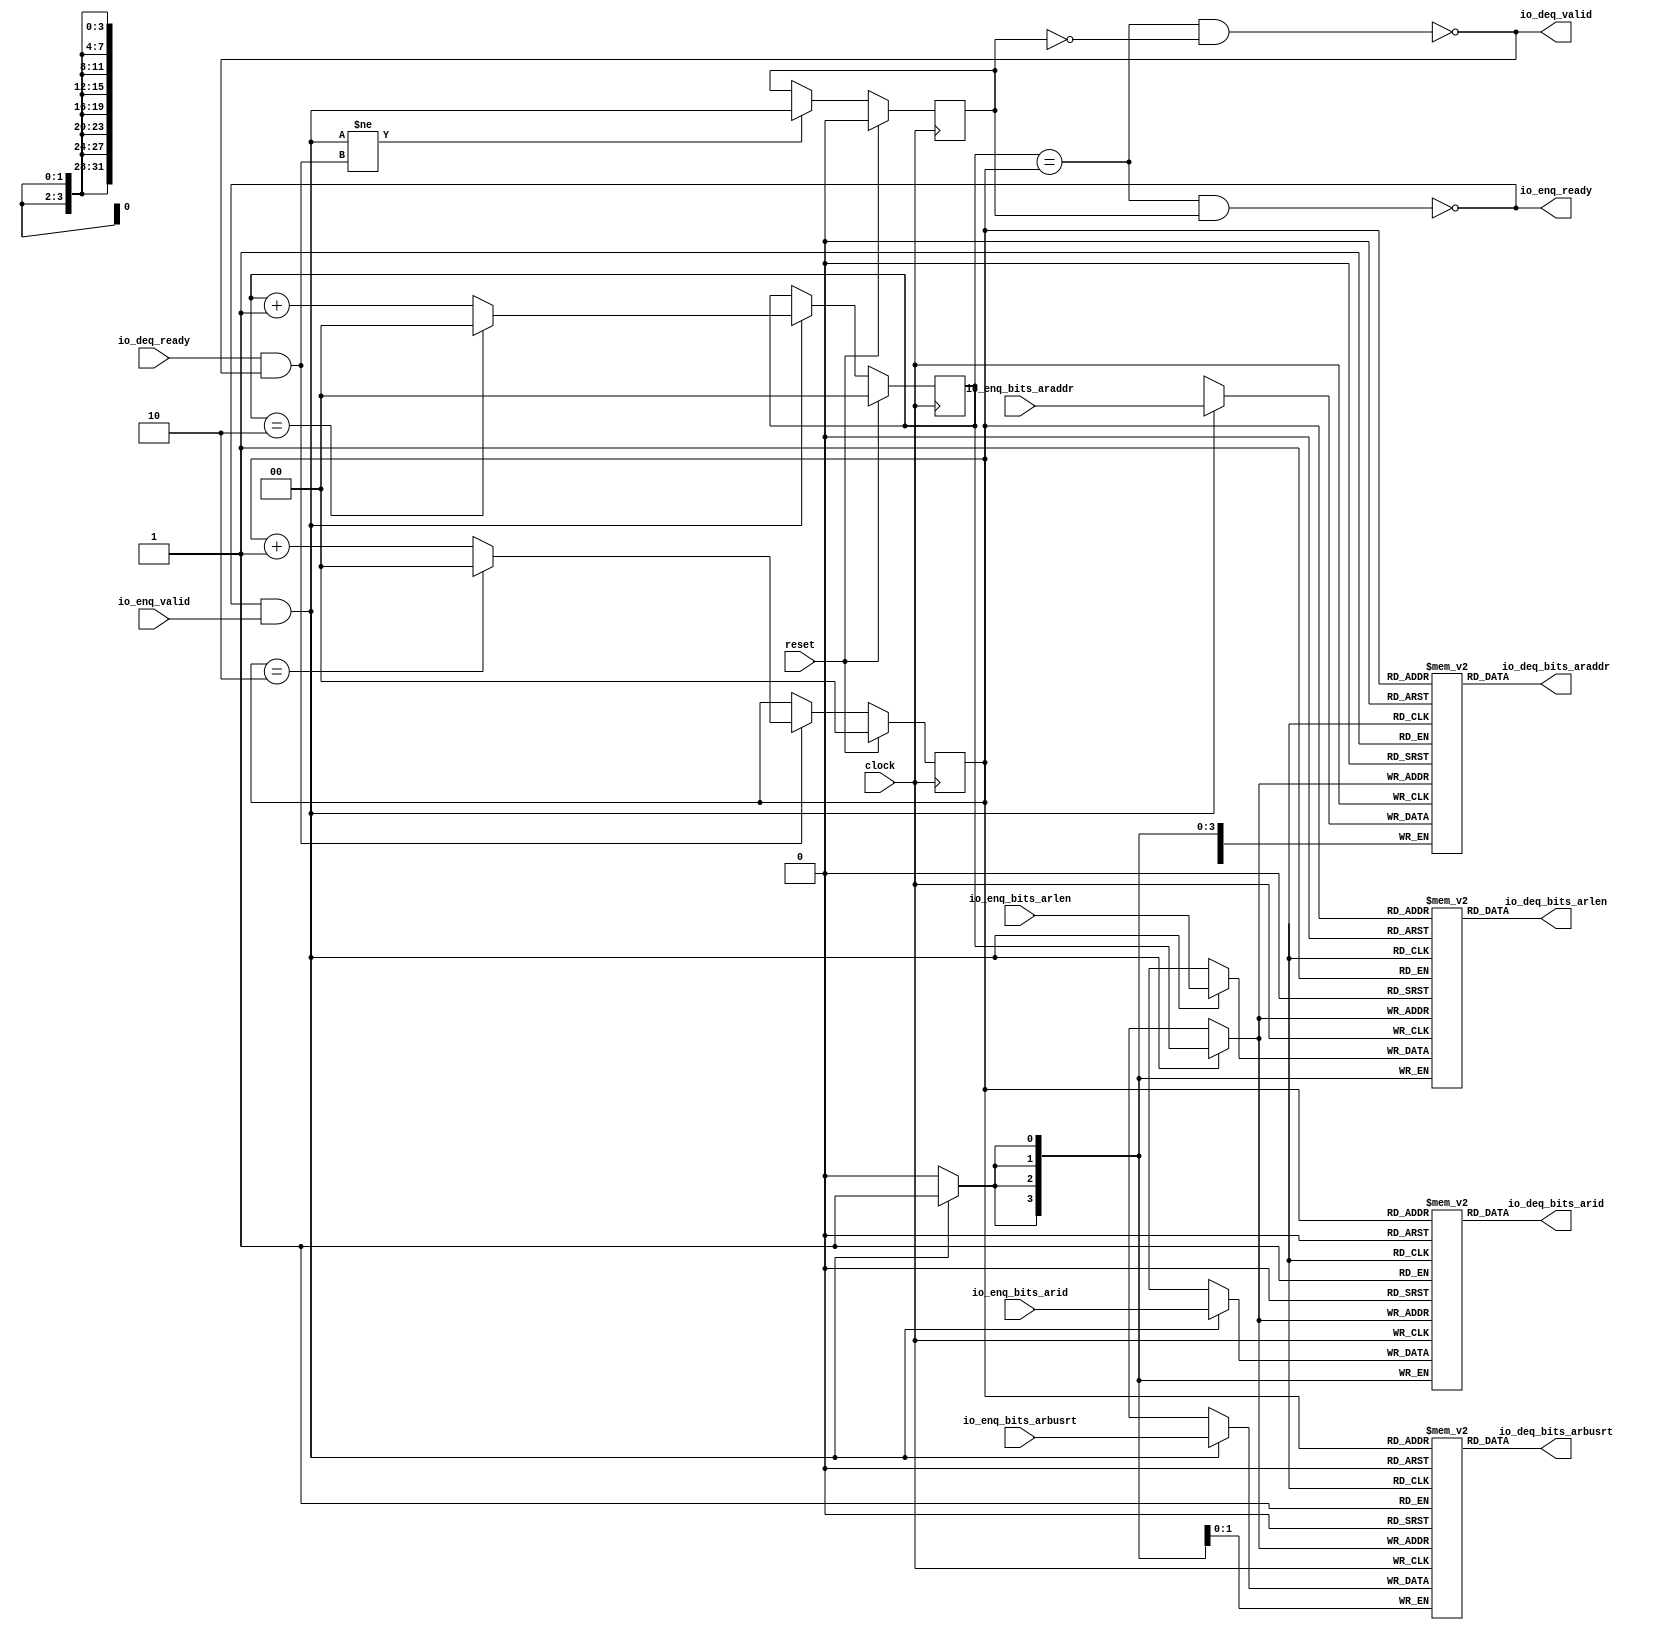
module Queue(
  input         clock,
  input         reset,
  output        io_enq_ready,
  input         io_enq_valid,
  input  [3:0]  io_enq_bits_arid,
  input  [31:0] io_enq_bits_araddr,
  input  [3:0]  io_enq_bits_arlen,
  input  [1:0]  io_enq_bits_arbusrt,
  input         io_deq_ready,
  output        io_deq_valid,
  output [3:0]  io_deq_bits_arid,
  output [31:0] io_deq_bits_araddr,
  output [3:0]  io_deq_bits_arlen,
  output [1:0]  io_deq_bits_arbusrt
);
`ifdef RANDOMIZE_GARBAGE_ASSIGN
  reg [31:0] _RAND_1;
  reg [31:0] _RAND_3;
  reg [31:0] _RAND_5;
  reg [31:0] _RAND_7;
`endif // RANDOMIZE_GARBAGE_ASSIGN
`ifdef RANDOMIZE_MEM_INIT
  reg [31:0] _RAND_0;
  reg [31:0] _RAND_2;
  reg [31:0] _RAND_4;
  reg [31:0] _RAND_6;
`endif // RANDOMIZE_MEM_INIT
`ifdef RANDOMIZE_REG_INIT
  reg [31:0] _RAND_8;
  reg [31:0] _RAND_9;
  reg [31:0] _RAND_10;
`endif // RANDOMIZE_REG_INIT
  reg [3:0] ram_arid [0:2]; // @[Decoupled.scala 273:95]
  wire  ram_arid_io_deq_bits_MPORT_en; // @[Decoupled.scala 273:95]
  wire [1:0] ram_arid_io_deq_bits_MPORT_addr; // @[Decoupled.scala 273:95]
  wire [3:0] ram_arid_io_deq_bits_MPORT_data; // @[Decoupled.scala 273:95]
  wire [3:0] ram_arid_MPORT_data; // @[Decoupled.scala 273:95]
  wire [1:0] ram_arid_MPORT_addr; // @[Decoupled.scala 273:95]
  wire  ram_arid_MPORT_mask; // @[Decoupled.scala 273:95]
  wire  ram_arid_MPORT_en; // @[Decoupled.scala 273:95]
  reg [31:0] ram_araddr [0:2]; // @[Decoupled.scala 273:95]
  wire  ram_araddr_io_deq_bits_MPORT_en; // @[Decoupled.scala 273:95]
  wire [1:0] ram_araddr_io_deq_bits_MPORT_addr; // @[Decoupled.scala 273:95]
  wire [31:0] ram_araddr_io_deq_bits_MPORT_data; // @[Decoupled.scala 273:95]
  wire [31:0] ram_araddr_MPORT_data; // @[Decoupled.scala 273:95]
  wire [1:0] ram_araddr_MPORT_addr; // @[Decoupled.scala 273:95]
  wire  ram_araddr_MPORT_mask; // @[Decoupled.scala 273:95]
  wire  ram_araddr_MPORT_en; // @[Decoupled.scala 273:95]
  reg [3:0] ram_arlen [0:2]; // @[Decoupled.scala 273:95]
  wire  ram_arlen_io_deq_bits_MPORT_en; // @[Decoupled.scala 273:95]
  wire [1:0] ram_arlen_io_deq_bits_MPORT_addr; // @[Decoupled.scala 273:95]
  wire [3:0] ram_arlen_io_deq_bits_MPORT_data; // @[Decoupled.scala 273:95]
  wire [3:0] ram_arlen_MPORT_data; // @[Decoupled.scala 273:95]
  wire [1:0] ram_arlen_MPORT_addr; // @[Decoupled.scala 273:95]
  wire  ram_arlen_MPORT_mask; // @[Decoupled.scala 273:95]
  wire  ram_arlen_MPORT_en; // @[Decoupled.scala 273:95]
  reg [1:0] ram_arbusrt [0:2]; // @[Decoupled.scala 273:95]
  wire  ram_arbusrt_io_deq_bits_MPORT_en; // @[Decoupled.scala 273:95]
  wire [1:0] ram_arbusrt_io_deq_bits_MPORT_addr; // @[Decoupled.scala 273:95]
  wire [1:0] ram_arbusrt_io_deq_bits_MPORT_data; // @[Decoupled.scala 273:95]
  wire [1:0] ram_arbusrt_MPORT_data; // @[Decoupled.scala 273:95]
  wire [1:0] ram_arbusrt_MPORT_addr; // @[Decoupled.scala 273:95]
  wire  ram_arbusrt_MPORT_mask; // @[Decoupled.scala 273:95]
  wire  ram_arbusrt_MPORT_en; // @[Decoupled.scala 273:95]
  reg [1:0] enq_ptr_value; // @[Counter.scala 61:40]
  reg [1:0] deq_ptr_value; // @[Counter.scala 61:40]
  reg  maybe_full; // @[Decoupled.scala 276:27]
  wire  ptr_match = enq_ptr_value == deq_ptr_value; // @[Decoupled.scala 277:33]
  wire  empty = ptr_match & ~maybe_full; // @[Decoupled.scala 278:25]
  wire  full = ptr_match & maybe_full; // @[Decoupled.scala 279:24]
  wire  do_enq = io_enq_ready & io_enq_valid; // @[Decoupled.scala 51:35]
  wire  do_deq = io_deq_ready & io_deq_valid; // @[Decoupled.scala 51:35]
  wire  wrap = enq_ptr_value == 2'h2; // @[Counter.scala 73:24]
  wire [1:0] _value_T_1 = enq_ptr_value + 2'h1; // @[Counter.scala 77:24]
  wire  wrap_1 = deq_ptr_value == 2'h2; // @[Counter.scala 73:24]
  wire [1:0] _value_T_3 = deq_ptr_value + 2'h1; // @[Counter.scala 77:24]
  assign ram_arid_io_deq_bits_MPORT_en = 1'h1;
  assign ram_arid_io_deq_bits_MPORT_addr = deq_ptr_value;
  `ifndef RANDOMIZE_GARBAGE_ASSIGN
  assign ram_arid_io_deq_bits_MPORT_data = ram_arid[ram_arid_io_deq_bits_MPORT_addr]; // @[Decoupled.scala 273:95]
  `else
  assign ram_arid_io_deq_bits_MPORT_data = ram_arid_io_deq_bits_MPORT_addr >= 2'h3 ? _RAND_1[3:0] :
    ram_arid[ram_arid_io_deq_bits_MPORT_addr]; // @[Decoupled.scala 273:95]
  `endif // RANDOMIZE_GARBAGE_ASSIGN
  assign ram_arid_MPORT_data = io_enq_bits_arid;
  assign ram_arid_MPORT_addr = enq_ptr_value;
  assign ram_arid_MPORT_mask = 1'h1;
  assign ram_arid_MPORT_en = io_enq_ready & io_enq_valid;
  assign ram_araddr_io_deq_bits_MPORT_en = 1'h1;
  assign ram_araddr_io_deq_bits_MPORT_addr = deq_ptr_value;
  `ifndef RANDOMIZE_GARBAGE_ASSIGN
  assign ram_araddr_io_deq_bits_MPORT_data = ram_araddr[ram_araddr_io_deq_bits_MPORT_addr]; // @[Decoupled.scala 273:95]
  `else
  assign ram_araddr_io_deq_bits_MPORT_data = ram_araddr_io_deq_bits_MPORT_addr >= 2'h3 ? _RAND_3[31:0] :
    ram_araddr[ram_araddr_io_deq_bits_MPORT_addr]; // @[Decoupled.scala 273:95]
  `endif // RANDOMIZE_GARBAGE_ASSIGN
  assign ram_araddr_MPORT_data = io_enq_bits_araddr;
  assign ram_araddr_MPORT_addr = enq_ptr_value;
  assign ram_araddr_MPORT_mask = 1'h1;
  assign ram_araddr_MPORT_en = io_enq_ready & io_enq_valid;
  assign ram_arlen_io_deq_bits_MPORT_en = 1'h1;
  assign ram_arlen_io_deq_bits_MPORT_addr = deq_ptr_value;
  `ifndef RANDOMIZE_GARBAGE_ASSIGN
  assign ram_arlen_io_deq_bits_MPORT_data = ram_arlen[ram_arlen_io_deq_bits_MPORT_addr]; // @[Decoupled.scala 273:95]
  `else
  assign ram_arlen_io_deq_bits_MPORT_data = ram_arlen_io_deq_bits_MPORT_addr >= 2'h3 ? _RAND_5[3:0] :
    ram_arlen[ram_arlen_io_deq_bits_MPORT_addr]; // @[Decoupled.scala 273:95]
  `endif // RANDOMIZE_GARBAGE_ASSIGN
  assign ram_arlen_MPORT_data = io_enq_bits_arlen;
  assign ram_arlen_MPORT_addr = enq_ptr_value;
  assign ram_arlen_MPORT_mask = 1'h1;
  assign ram_arlen_MPORT_en = io_enq_ready & io_enq_valid;
  assign ram_arbusrt_io_deq_bits_MPORT_en = 1'h1;
  assign ram_arbusrt_io_deq_bits_MPORT_addr = deq_ptr_value;
  `ifndef RANDOMIZE_GARBAGE_ASSIGN
  assign ram_arbusrt_io_deq_bits_MPORT_data = ram_arbusrt[ram_arbusrt_io_deq_bits_MPORT_addr]; // @[Decoupled.scala 273:95]
  `else
  assign ram_arbusrt_io_deq_bits_MPORT_data = ram_arbusrt_io_deq_bits_MPORT_addr >= 2'h3 ? _RAND_7[1:0] :
    ram_arbusrt[ram_arbusrt_io_deq_bits_MPORT_addr]; // @[Decoupled.scala 273:95]
  `endif // RANDOMIZE_GARBAGE_ASSIGN
  assign ram_arbusrt_MPORT_data = io_enq_bits_arbusrt;
  assign ram_arbusrt_MPORT_addr = enq_ptr_value;
  assign ram_arbusrt_MPORT_mask = 1'h1;
  assign ram_arbusrt_MPORT_en = io_enq_ready & io_enq_valid;
  assign io_enq_ready = ~full; // @[Decoupled.scala 303:19]
  assign io_deq_valid = ~empty; // @[Decoupled.scala 302:19]
  assign io_deq_bits_arid = ram_arid_io_deq_bits_MPORT_data; // @[Decoupled.scala 310:17]
  assign io_deq_bits_araddr = ram_araddr_io_deq_bits_MPORT_data; // @[Decoupled.scala 310:17]
  assign io_deq_bits_arlen = ram_arlen_io_deq_bits_MPORT_data; // @[Decoupled.scala 310:17]
  assign io_deq_bits_arbusrt = ram_arbusrt_io_deq_bits_MPORT_data; // @[Decoupled.scala 310:17]
  always @(posedge clock) begin
    if (ram_arid_MPORT_en & ram_arid_MPORT_mask) begin
      ram_arid[ram_arid_MPORT_addr] <= ram_arid_MPORT_data; // @[Decoupled.scala 273:95]
    end
    if (ram_araddr_MPORT_en & ram_araddr_MPORT_mask) begin
      ram_araddr[ram_araddr_MPORT_addr] <= ram_araddr_MPORT_data; // @[Decoupled.scala 273:95]
    end
    if (ram_arlen_MPORT_en & ram_arlen_MPORT_mask) begin
      ram_arlen[ram_arlen_MPORT_addr] <= ram_arlen_MPORT_data; // @[Decoupled.scala 273:95]
    end
    if (ram_arbusrt_MPORT_en & ram_arbusrt_MPORT_mask) begin
      ram_arbusrt[ram_arbusrt_MPORT_addr] <= ram_arbusrt_MPORT_data; // @[Decoupled.scala 273:95]
    end
    if (reset) begin // @[Counter.scala 61:40]
      enq_ptr_value <= 2'h0; // @[Counter.scala 61:40]
    end else if (do_enq) begin // @[Decoupled.scala 286:16]
      if (wrap) begin // @[Counter.scala 87:20]
        enq_ptr_value <= 2'h0; // @[Counter.scala 87:28]
      end else begin
        enq_ptr_value <= _value_T_1; // @[Counter.scala 77:15]
      end
    end
    if (reset) begin // @[Counter.scala 61:40]
      deq_ptr_value <= 2'h0; // @[Counter.scala 61:40]
    end else if (do_deq) begin // @[Decoupled.scala 290:16]
      if (wrap_1) begin // @[Counter.scala 87:20]
        deq_ptr_value <= 2'h0; // @[Counter.scala 87:28]
      end else begin
        deq_ptr_value <= _value_T_3; // @[Counter.scala 77:15]
      end
    end
    if (reset) begin // @[Decoupled.scala 276:27]
      maybe_full <= 1'h0; // @[Decoupled.scala 276:27]
    end else if (do_enq != do_deq) begin // @[Decoupled.scala 293:27]
      maybe_full <= do_enq; // @[Decoupled.scala 294:16]
    end
  end
// Register and memory initialization
`ifdef RANDOMIZE_GARBAGE_ASSIGN
`define RANDOMIZE
`endif
`ifdef RANDOMIZE_INVALID_ASSIGN
`define RANDOMIZE
`endif
`ifdef RANDOMIZE_REG_INIT
`define RANDOMIZE
`endif
`ifdef RANDOMIZE_MEM_INIT
`define RANDOMIZE
`endif
`ifndef RANDOM
`define RANDOM $random
`endif
`ifdef RANDOMIZE_MEM_INIT
  integer initvar;
`endif
`ifndef SYNTHESIS
`ifdef FIRRTL_BEFORE_INITIAL
`FIRRTL_BEFORE_INITIAL
`endif
initial begin
  `ifdef RANDOMIZE
    `ifdef INIT_RANDOM
      `INIT_RANDOM
    `endif
    `ifndef VERILATOR
      `ifdef RANDOMIZE_DELAY
        #`RANDOMIZE_DELAY begin end
      `else
        #0.002 begin end
      `endif
    `endif
`ifdef RANDOMIZE_GARBAGE_ASSIGN
  _RAND_1 = {1{`RANDOM}};
  _RAND_3 = {1{`RANDOM}};
  _RAND_5 = {1{`RANDOM}};
  _RAND_7 = {1{`RANDOM}};
`endif // RANDOMIZE_GARBAGE_ASSIGN
`ifdef RANDOMIZE_MEM_INIT
  _RAND_0 = {1{`RANDOM}};
  for (initvar = 0; initvar < 3; initvar = initvar+1)
    ram_arid[initvar] = _RAND_0[3:0];
  _RAND_2 = {1{`RANDOM}};
  for (initvar = 0; initvar < 3; initvar = initvar+1)
    ram_araddr[initvar] = _RAND_2[31:0];
  _RAND_4 = {1{`RANDOM}};
  for (initvar = 0; initvar < 3; initvar = initvar+1)
    ram_arlen[initvar] = _RAND_4[3:0];
  _RAND_6 = {1{`RANDOM}};
  for (initvar = 0; initvar < 3; initvar = initvar+1)
    ram_arbusrt[initvar] = _RAND_6[1:0];
`endif // RANDOMIZE_MEM_INIT
`ifdef RANDOMIZE_REG_INIT
  _RAND_8 = {1{`RANDOM}};
  enq_ptr_value = _RAND_8[1:0];
  _RAND_9 = {1{`RANDOM}};
  deq_ptr_value = _RAND_9[1:0];
  _RAND_10 = {1{`RANDOM}};
  maybe_full = _RAND_10[0:0];
`endif // RANDOMIZE_REG_INIT
  `endif // RANDOMIZE
end // initial
`ifdef FIRRTL_AFTER_INITIAL
`FIRRTL_AFTER_INITIAL
`endif
`endif // SYNTHESIS
endmodule
module axi_fifo(
  input         clock,
  input         reset,
  output        io_wr_ready,
  input         io_wr_valid,
  input  [3:0]  io_wr_bits_arid,
  input  [31:0] io_wr_bits_araddr,
  input  [3:0]  io_wr_bits_arlen,
  input  [1:0]  io_wr_bits_arbusrt,
  input         io_rd_ready,
  output        io_rd_valid,
  output [3:0]  io_rd_bits_arid,
  output [31:0] io_rd_bits_araddr,
  output [3:0]  io_rd_bits_arlen,
  output [1:0]  io_rd_bits_arbusrt
);
  wire  io_rd_q_clock; // @[Decoupled.scala 375:21]
  wire  io_rd_q_reset; // @[Decoupled.scala 375:21]
  wire  io_rd_q_io_enq_ready; // @[Decoupled.scala 375:21]
  wire  io_rd_q_io_enq_valid; // @[Decoupled.scala 375:21]
  wire [3:0] io_rd_q_io_enq_bits_arid; // @[Decoupled.scala 375:21]
  wire [31:0] io_rd_q_io_enq_bits_araddr; // @[Decoupled.scala 375:21]
  wire [3:0] io_rd_q_io_enq_bits_arlen; // @[Decoupled.scala 375:21]
  wire [1:0] io_rd_q_io_enq_bits_arbusrt; // @[Decoupled.scala 375:21]
  wire  io_rd_q_io_deq_ready; // @[Decoupled.scala 375:21]
  wire  io_rd_q_io_deq_valid; // @[Decoupled.scala 375:21]
  wire [3:0] io_rd_q_io_deq_bits_arid; // @[Decoupled.scala 375:21]
  wire [31:0] io_rd_q_io_deq_bits_araddr; // @[Decoupled.scala 375:21]
  wire [3:0] io_rd_q_io_deq_bits_arlen; // @[Decoupled.scala 375:21]
  wire [1:0] io_rd_q_io_deq_bits_arbusrt; // @[Decoupled.scala 375:21]
  Queue io_rd_q ( // @[Decoupled.scala 375:21]
    .clock(io_rd_q_clock),
    .reset(io_rd_q_reset),
    .io_enq_ready(io_rd_q_io_enq_ready),
    .io_enq_valid(io_rd_q_io_enq_valid),
    .io_enq_bits_arid(io_rd_q_io_enq_bits_arid),
    .io_enq_bits_araddr(io_rd_q_io_enq_bits_araddr),
    .io_enq_bits_arlen(io_rd_q_io_enq_bits_arlen),
    .io_enq_bits_arbusrt(io_rd_q_io_enq_bits_arbusrt),
    .io_deq_ready(io_rd_q_io_deq_ready),
    .io_deq_valid(io_rd_q_io_deq_valid),
    .io_deq_bits_arid(io_rd_q_io_deq_bits_arid),
    .io_deq_bits_araddr(io_rd_q_io_deq_bits_araddr),
    .io_deq_bits_arlen(io_rd_q_io_deq_bits_arlen),
    .io_deq_bits_arbusrt(io_rd_q_io_deq_bits_arbusrt)
  );
  assign io_wr_ready = io_rd_q_io_enq_ready; // @[Decoupled.scala 379:17]
  assign io_rd_valid = io_rd_q_io_deq_valid; // @[axi_fifo.scala 15:9]
  assign io_rd_bits_arid = io_rd_q_io_deq_bits_arid; // @[axi_fifo.scala 15:9]
  assign io_rd_bits_araddr = io_rd_q_io_deq_bits_araddr; // @[axi_fifo.scala 15:9]
  assign io_rd_bits_arlen = io_rd_q_io_deq_bits_arlen; // @[axi_fifo.scala 15:9]
  assign io_rd_bits_arbusrt = io_rd_q_io_deq_bits_arbusrt; // @[axi_fifo.scala 15:9]
  assign io_rd_q_clock = clock;
  assign io_rd_q_reset = reset;
  assign io_rd_q_io_enq_valid = io_wr_valid; // @[Decoupled.scala 377:22]
  assign io_rd_q_io_enq_bits_arid = io_wr_bits_arid; // @[Decoupled.scala 378:21]
  assign io_rd_q_io_enq_bits_araddr = io_wr_bits_araddr; // @[Decoupled.scala 378:21]
  assign io_rd_q_io_enq_bits_arlen = io_wr_bits_arlen; // @[Decoupled.scala 378:21]
  assign io_rd_q_io_enq_bits_arbusrt = io_wr_bits_arbusrt; // @[Decoupled.scala 378:21]
  assign io_rd_q_io_deq_ready = io_rd_ready; // @[axi_fifo.scala 15:9]
endmodule
module axi_r_ctl(
  input         clock,
  input         reset,
  output        io_axi_ar_ready,
  input         io_axi_ar_valid,
  input  [3:0]  io_axi_ar_bits_arid,
  input  [31:0] io_axi_ar_bits_araddr,
  input  [3:0]  io_axi_ar_bits_arlen,
  input  [1:0]  io_axi_ar_bits_arbusrt,
  input         io_axi_r_ready,
  output        io_axi_r_valid,
  output [31:0] io_axi_r_bits_rdata,
  output [3:0]  io_axi_r_bits_rid,
  output        io_axi_r_bits_rlast,
  output [31:0] io_adr,
  output        io_ren,
  input  [31:0] io_rdat,
  input         io_rvld
);
`ifdef RANDOMIZE_REG_INIT
  reg [31:0] _RAND_0;
  reg [31:0] _RAND_1;
`endif // RANDOMIZE_REG_INIT
  wire  axi_ar_fifo_clock; // @[axi_r_ctl.scala 33:27]
  wire  axi_ar_fifo_reset; // @[axi_r_ctl.scala 33:27]
  wire  axi_ar_fifo_io_wr_ready; // @[axi_r_ctl.scala 33:27]
  wire  axi_ar_fifo_io_wr_valid; // @[axi_r_ctl.scala 33:27]
  wire [3:0] axi_ar_fifo_io_wr_bits_arid; // @[axi_r_ctl.scala 33:27]
  wire [31:0] axi_ar_fifo_io_wr_bits_araddr; // @[axi_r_ctl.scala 33:27]
  wire [3:0] axi_ar_fifo_io_wr_bits_arlen; // @[axi_r_ctl.scala 33:27]
  wire [1:0] axi_ar_fifo_io_wr_bits_arbusrt; // @[axi_r_ctl.scala 33:27]
  wire  axi_ar_fifo_io_rd_ready; // @[axi_r_ctl.scala 33:27]
  wire  axi_ar_fifo_io_rd_valid; // @[axi_r_ctl.scala 33:27]
  wire [3:0] axi_ar_fifo_io_rd_bits_arid; // @[axi_r_ctl.scala 33:27]
  wire [31:0] axi_ar_fifo_io_rd_bits_araddr; // @[axi_r_ctl.scala 33:27]
  wire [3:0] axi_ar_fifo_io_rd_bits_arlen; // @[axi_r_ctl.scala 33:27]
  wire [1:0] axi_ar_fifo_io_rd_bits_arbusrt; // @[axi_r_ctl.scala 33:27]
  wire  arack = io_axi_ar_valid & io_axi_ar_ready; // @[axi_r_ctl.scala 32:31]
  reg  ar_ready_r; // @[axi_r_ctl.scala 34:27]
  reg [3:0] rdat_cnt_r; // @[axi_r_ctl.scala 48:27]
  wire  wrap_mode = axi_ar_fifo_io_rd_bits_arbusrt == 2'h2; // @[axi_r_ctl.scala 51:50]
  wire  incr_mode = axi_ar_fifo_io_rd_bits_arbusrt == 2'h1; // @[axi_r_ctl.scala 52:50]
  wire  fixed_mode = axi_ar_fifo_io_rd_bits_arbusrt == 2'h0; // @[axi_r_ctl.scala 53:51]
  wire  burst_start = wrap_mode | incr_mode | fixed_mode; // @[axi_r_ctl.scala 54:43]
  wire [31:0] _GEN_4 = {{28'd0}, rdat_cnt_r}; // @[axi_r_ctl.scala 59:49]
  wire [31:0] burst_adr = axi_ar_fifo_io_rd_bits_araddr + _GEN_4; // @[axi_r_ctl.scala 59:49]
  wire  _rack_T = io_axi_r_valid & io_axi_r_ready; // @[axi_r_ctl.scala 61:29]
  wire  rack = io_axi_r_valid & io_axi_r_ready & io_axi_r_bits_rlast; // @[axi_r_ctl.scala 61:47]
  wire  rlast = rdat_cnt_r == axi_ar_fifo_io_rd_bits_arlen; // @[axi_r_ctl.scala 62:26]
  wire [3:0] _rdat_cnt_in_T_2 = rdat_cnt_r + 4'h1; // @[axi_r_ctl.scala 73:32]
  wire [31:0] _io_adr_T = axi_ar_fifo_io_rd_bits_araddr; // @[Mux.scala 101:16]
  wire [31:0] _io_adr_T_1 = incr_mode ? burst_adr : _io_adr_T; // @[Mux.scala 101:16]
  axi_fifo axi_ar_fifo ( // @[axi_r_ctl.scala 33:27]
    .clock(axi_ar_fifo_clock),
    .reset(axi_ar_fifo_reset),
    .io_wr_ready(axi_ar_fifo_io_wr_ready),
    .io_wr_valid(axi_ar_fifo_io_wr_valid),
    .io_wr_bits_arid(axi_ar_fifo_io_wr_bits_arid),
    .io_wr_bits_araddr(axi_ar_fifo_io_wr_bits_araddr),
    .io_wr_bits_arlen(axi_ar_fifo_io_wr_bits_arlen),
    .io_wr_bits_arbusrt(axi_ar_fifo_io_wr_bits_arbusrt),
    .io_rd_ready(axi_ar_fifo_io_rd_ready),
    .io_rd_valid(axi_ar_fifo_io_rd_valid),
    .io_rd_bits_arid(axi_ar_fifo_io_rd_bits_arid),
    .io_rd_bits_araddr(axi_ar_fifo_io_rd_bits_araddr),
    .io_rd_bits_arlen(axi_ar_fifo_io_rd_bits_arlen),
    .io_rd_bits_arbusrt(axi_ar_fifo_io_rd_bits_arbusrt)
  );
  assign io_axi_ar_ready = ar_ready_r; // @[axi_r_ctl.scala 42:19]
  assign io_axi_r_valid = io_rvld; // @[axi_r_ctl.scala 83:18]
  assign io_axi_r_bits_rdata = io_axi_r_valid ? io_rdat : 32'h0; // @[axi_r_ctl.scala 86:29]
  assign io_axi_r_bits_rid = io_axi_r_valid ? axi_ar_fifo_io_rd_bits_arid : 4'h0; // @[axi_r_ctl.scala 85:29]
  assign io_axi_r_bits_rlast = io_axi_r_valid & rlast; // @[axi_r_ctl.scala 84:29]
  assign io_adr = fixed_mode ? axi_ar_fifo_io_rd_bits_araddr : _io_adr_T_1; // @[Mux.scala 101:16]
  assign io_ren = axi_ar_fifo_io_rd_valid; // @[axi_r_ctl.scala 82:10]
  assign axi_ar_fifo_clock = clock;
  assign axi_ar_fifo_reset = reset;
  assign axi_ar_fifo_io_wr_valid = io_axi_ar_valid & io_axi_ar_ready; // @[axi_r_ctl.scala 32:31]
  assign axi_ar_fifo_io_wr_bits_arid = io_axi_ar_bits_arid; // @[axi_r_ctl.scala 45:27]
  assign axi_ar_fifo_io_wr_bits_araddr = io_axi_ar_bits_araddr; // @[axi_r_ctl.scala 45:27]
  assign axi_ar_fifo_io_wr_bits_arlen = io_axi_ar_bits_arlen; // @[axi_r_ctl.scala 45:27]
  assign axi_ar_fifo_io_wr_bits_arbusrt = io_axi_ar_bits_arbusrt; // @[axi_r_ctl.scala 45:27]
  assign axi_ar_fifo_io_rd_ready = io_axi_r_valid & io_axi_r_ready & io_axi_r_bits_rlast; // @[axi_r_ctl.scala 61:47]
  always @(posedge clock) begin
    if (reset) begin // @[axi_r_ctl.scala 34:27]
      ar_ready_r <= 1'h0; // @[axi_r_ctl.scala 34:27]
    end else if (arack) begin // @[axi_r_ctl.scala 37:14]
      ar_ready_r <= 1'h0; // @[axi_r_ctl.scala 38:16]
    end else if (io_axi_ar_valid) begin // @[axi_r_ctl.scala 39:30]
      ar_ready_r <= axi_ar_fifo_io_wr_ready; // @[axi_r_ctl.scala 40:16]
    end
    if (reset) begin // @[axi_r_ctl.scala 48:27]
      rdat_cnt_r <= 4'h0; // @[axi_r_ctl.scala 48:27]
    end else if (rack) begin // @[axi_r_ctl.scala 66:13]
      rdat_cnt_r <= 4'h0; // @[axi_r_ctl.scala 67:16]
    end else if (burst_start) begin // @[axi_r_ctl.scala 68:26]
      if (_rack_T) begin // @[axi_r_ctl.scala 72:21]
        rdat_cnt_r <= _rdat_cnt_in_T_2;
      end
    end
  end
// Register and memory initialization
`ifdef RANDOMIZE_GARBAGE_ASSIGN
`define RANDOMIZE
`endif
`ifdef RANDOMIZE_INVALID_ASSIGN
`define RANDOMIZE
`endif
`ifdef RANDOMIZE_REG_INIT
`define RANDOMIZE
`endif
`ifdef RANDOMIZE_MEM_INIT
`define RANDOMIZE
`endif
`ifndef RANDOM
`define RANDOM $random
`endif
`ifdef RANDOMIZE_MEM_INIT
  integer initvar;
`endif
`ifndef SYNTHESIS
`ifdef FIRRTL_BEFORE_INITIAL
`FIRRTL_BEFORE_INITIAL
`endif
initial begin
  `ifdef RANDOMIZE
    `ifdef INIT_RANDOM
      `INIT_RANDOM
    `endif
    `ifndef VERILATOR
      `ifdef RANDOMIZE_DELAY
        #`RANDOMIZE_DELAY begin end
      `else
        #0.002 begin end
      `endif
    `endif
`ifdef RANDOMIZE_REG_INIT
  _RAND_0 = {1{`RANDOM}};
  ar_ready_r = _RAND_0[0:0];
  _RAND_1 = {1{`RANDOM}};
  rdat_cnt_r = _RAND_1[3:0];
`endif // RANDOMIZE_REG_INIT
  `endif // RANDOMIZE
end // initial
`ifdef FIRRTL_AFTER_INITIAL
`FIRRTL_AFTER_INITIAL
`endif
`endif // SYNTHESIS
endmodule
module Queue_1(
  input         clock,
  input         reset,
  output        io_enq_ready,
  input         io_enq_valid,
  input  [3:0]  io_enq_bits_awid,
  input  [31:0] io_enq_bits_awaddr,
  input  [1:0]  io_enq_bits_awbusrt,
  input         io_deq_ready,
  output        io_deq_valid,
  output [3:0]  io_deq_bits_awid,
  output [31:0] io_deq_bits_awaddr,
  output [1:0]  io_deq_bits_awbusrt
);
`ifdef RANDOMIZE_GARBAGE_ASSIGN
  reg [31:0] _RAND_1;
  reg [31:0] _RAND_3;
  reg [31:0] _RAND_5;
`endif // RANDOMIZE_GARBAGE_ASSIGN
`ifdef RANDOMIZE_MEM_INIT
  reg [31:0] _RAND_0;
  reg [31:0] _RAND_2;
  reg [31:0] _RAND_4;
`endif // RANDOMIZE_MEM_INIT
`ifdef RANDOMIZE_REG_INIT
  reg [31:0] _RAND_6;
  reg [31:0] _RAND_7;
  reg [31:0] _RAND_8;
`endif // RANDOMIZE_REG_INIT
  reg [3:0] ram_awid [0:2]; // @[Decoupled.scala 273:95]
  wire  ram_awid_io_deq_bits_MPORT_en; // @[Decoupled.scala 273:95]
  wire [1:0] ram_awid_io_deq_bits_MPORT_addr; // @[Decoupled.scala 273:95]
  wire [3:0] ram_awid_io_deq_bits_MPORT_data; // @[Decoupled.scala 273:95]
  wire [3:0] ram_awid_MPORT_data; // @[Decoupled.scala 273:95]
  wire [1:0] ram_awid_MPORT_addr; // @[Decoupled.scala 273:95]
  wire  ram_awid_MPORT_mask; // @[Decoupled.scala 273:95]
  wire  ram_awid_MPORT_en; // @[Decoupled.scala 273:95]
  reg [31:0] ram_awaddr [0:2]; // @[Decoupled.scala 273:95]
  wire  ram_awaddr_io_deq_bits_MPORT_en; // @[Decoupled.scala 273:95]
  wire [1:0] ram_awaddr_io_deq_bits_MPORT_addr; // @[Decoupled.scala 273:95]
  wire [31:0] ram_awaddr_io_deq_bits_MPORT_data; // @[Decoupled.scala 273:95]
  wire [31:0] ram_awaddr_MPORT_data; // @[Decoupled.scala 273:95]
  wire [1:0] ram_awaddr_MPORT_addr; // @[Decoupled.scala 273:95]
  wire  ram_awaddr_MPORT_mask; // @[Decoupled.scala 273:95]
  wire  ram_awaddr_MPORT_en; // @[Decoupled.scala 273:95]
  reg [1:0] ram_awbusrt [0:2]; // @[Decoupled.scala 273:95]
  wire  ram_awbusrt_io_deq_bits_MPORT_en; // @[Decoupled.scala 273:95]
  wire [1:0] ram_awbusrt_io_deq_bits_MPORT_addr; // @[Decoupled.scala 273:95]
  wire [1:0] ram_awbusrt_io_deq_bits_MPORT_data; // @[Decoupled.scala 273:95]
  wire [1:0] ram_awbusrt_MPORT_data; // @[Decoupled.scala 273:95]
  wire [1:0] ram_awbusrt_MPORT_addr; // @[Decoupled.scala 273:95]
  wire  ram_awbusrt_MPORT_mask; // @[Decoupled.scala 273:95]
  wire  ram_awbusrt_MPORT_en; // @[Decoupled.scala 273:95]
  reg [1:0] enq_ptr_value; // @[Counter.scala 61:40]
  reg [1:0] deq_ptr_value; // @[Counter.scala 61:40]
  reg  maybe_full; // @[Decoupled.scala 276:27]
  wire  ptr_match = enq_ptr_value == deq_ptr_value; // @[Decoupled.scala 277:33]
  wire  empty = ptr_match & ~maybe_full; // @[Decoupled.scala 278:25]
  wire  full = ptr_match & maybe_full; // @[Decoupled.scala 279:24]
  wire  do_enq = io_enq_ready & io_enq_valid; // @[Decoupled.scala 51:35]
  wire  do_deq = io_deq_ready & io_deq_valid; // @[Decoupled.scala 51:35]
  wire  wrap = enq_ptr_value == 2'h2; // @[Counter.scala 73:24]
  wire [1:0] _value_T_1 = enq_ptr_value + 2'h1; // @[Counter.scala 77:24]
  wire  wrap_1 = deq_ptr_value == 2'h2; // @[Counter.scala 73:24]
  wire [1:0] _value_T_3 = deq_ptr_value + 2'h1; // @[Counter.scala 77:24]
  assign ram_awid_io_deq_bits_MPORT_en = 1'h1;
  assign ram_awid_io_deq_bits_MPORT_addr = deq_ptr_value;
  `ifndef RANDOMIZE_GARBAGE_ASSIGN
  assign ram_awid_io_deq_bits_MPORT_data = ram_awid[ram_awid_io_deq_bits_MPORT_addr]; // @[Decoupled.scala 273:95]
  `else
  assign ram_awid_io_deq_bits_MPORT_data = ram_awid_io_deq_bits_MPORT_addr >= 2'h3 ? _RAND_1[3:0] :
    ram_awid[ram_awid_io_deq_bits_MPORT_addr]; // @[Decoupled.scala 273:95]
  `endif // RANDOMIZE_GARBAGE_ASSIGN
  assign ram_awid_MPORT_data = io_enq_bits_awid;
  assign ram_awid_MPORT_addr = enq_ptr_value;
  assign ram_awid_MPORT_mask = 1'h1;
  assign ram_awid_MPORT_en = io_enq_ready & io_enq_valid;
  assign ram_awaddr_io_deq_bits_MPORT_en = 1'h1;
  assign ram_awaddr_io_deq_bits_MPORT_addr = deq_ptr_value;
  `ifndef RANDOMIZE_GARBAGE_ASSIGN
  assign ram_awaddr_io_deq_bits_MPORT_data = ram_awaddr[ram_awaddr_io_deq_bits_MPORT_addr]; // @[Decoupled.scala 273:95]
  `else
  assign ram_awaddr_io_deq_bits_MPORT_data = ram_awaddr_io_deq_bits_MPORT_addr >= 2'h3 ? _RAND_3[31:0] :
    ram_awaddr[ram_awaddr_io_deq_bits_MPORT_addr]; // @[Decoupled.scala 273:95]
  `endif // RANDOMIZE_GARBAGE_ASSIGN
  assign ram_awaddr_MPORT_data = io_enq_bits_awaddr;
  assign ram_awaddr_MPORT_addr = enq_ptr_value;
  assign ram_awaddr_MPORT_mask = 1'h1;
  assign ram_awaddr_MPORT_en = io_enq_ready & io_enq_valid;
  assign ram_awbusrt_io_deq_bits_MPORT_en = 1'h1;
  assign ram_awbusrt_io_deq_bits_MPORT_addr = deq_ptr_value;
  `ifndef RANDOMIZE_GARBAGE_ASSIGN
  assign ram_awbusrt_io_deq_bits_MPORT_data = ram_awbusrt[ram_awbusrt_io_deq_bits_MPORT_addr]; // @[Decoupled.scala 273:95]
  `else
  assign ram_awbusrt_io_deq_bits_MPORT_data = ram_awbusrt_io_deq_bits_MPORT_addr >= 2'h3 ? _RAND_5[1:0] :
    ram_awbusrt[ram_awbusrt_io_deq_bits_MPORT_addr]; // @[Decoupled.scala 273:95]
  `endif // RANDOMIZE_GARBAGE_ASSIGN
  assign ram_awbusrt_MPORT_data = io_enq_bits_awbusrt;
  assign ram_awbusrt_MPORT_addr = enq_ptr_value;
  assign ram_awbusrt_MPORT_mask = 1'h1;
  assign ram_awbusrt_MPORT_en = io_enq_ready & io_enq_valid;
  assign io_enq_ready = ~full; // @[Decoupled.scala 303:19]
  assign io_deq_valid = ~empty; // @[Decoupled.scala 302:19]
  assign io_deq_bits_awid = ram_awid_io_deq_bits_MPORT_data; // @[Decoupled.scala 310:17]
  assign io_deq_bits_awaddr = ram_awaddr_io_deq_bits_MPORT_data; // @[Decoupled.scala 310:17]
  assign io_deq_bits_awbusrt = ram_awbusrt_io_deq_bits_MPORT_data; // @[Decoupled.scala 310:17]
  always @(posedge clock) begin
    if (ram_awid_MPORT_en & ram_awid_MPORT_mask) begin
      ram_awid[ram_awid_MPORT_addr] <= ram_awid_MPORT_data; // @[Decoupled.scala 273:95]
    end
    if (ram_awaddr_MPORT_en & ram_awaddr_MPORT_mask) begin
      ram_awaddr[ram_awaddr_MPORT_addr] <= ram_awaddr_MPORT_data; // @[Decoupled.scala 273:95]
    end
    if (ram_awbusrt_MPORT_en & ram_awbusrt_MPORT_mask) begin
      ram_awbusrt[ram_awbusrt_MPORT_addr] <= ram_awbusrt_MPORT_data; // @[Decoupled.scala 273:95]
    end
    if (reset) begin // @[Counter.scala 61:40]
      enq_ptr_value <= 2'h0; // @[Counter.scala 61:40]
    end else if (do_enq) begin // @[Decoupled.scala 286:16]
      if (wrap) begin // @[Counter.scala 87:20]
        enq_ptr_value <= 2'h0; // @[Counter.scala 87:28]
      end else begin
        enq_ptr_value <= _value_T_1; // @[Counter.scala 77:15]
      end
    end
    if (reset) begin // @[Counter.scala 61:40]
      deq_ptr_value <= 2'h0; // @[Counter.scala 61:40]
    end else if (do_deq) begin // @[Decoupled.scala 290:16]
      if (wrap_1) begin // @[Counter.scala 87:20]
        deq_ptr_value <= 2'h0; // @[Counter.scala 87:28]
      end else begin
        deq_ptr_value <= _value_T_3; // @[Counter.scala 77:15]
      end
    end
    if (reset) begin // @[Decoupled.scala 276:27]
      maybe_full <= 1'h0; // @[Decoupled.scala 276:27]
    end else if (do_enq != do_deq) begin // @[Decoupled.scala 293:27]
      maybe_full <= do_enq; // @[Decoupled.scala 294:16]
    end
  end
// Register and memory initialization
`ifdef RANDOMIZE_GARBAGE_ASSIGN
`define RANDOMIZE
`endif
`ifdef RANDOMIZE_INVALID_ASSIGN
`define RANDOMIZE
`endif
`ifdef RANDOMIZE_REG_INIT
`define RANDOMIZE
`endif
`ifdef RANDOMIZE_MEM_INIT
`define RANDOMIZE
`endif
`ifndef RANDOM
`define RANDOM $random
`endif
`ifdef RANDOMIZE_MEM_INIT
  integer initvar;
`endif
`ifndef SYNTHESIS
`ifdef FIRRTL_BEFORE_INITIAL
`FIRRTL_BEFORE_INITIAL
`endif
initial begin
  `ifdef RANDOMIZE
    `ifdef INIT_RANDOM
      `INIT_RANDOM
    `endif
    `ifndef VERILATOR
      `ifdef RANDOMIZE_DELAY
        #`RANDOMIZE_DELAY begin end
      `else
        #0.002 begin end
      `endif
    `endif
`ifdef RANDOMIZE_GARBAGE_ASSIGN
  _RAND_1 = {1{`RANDOM}};
  _RAND_3 = {1{`RANDOM}};
  _RAND_5 = {1{`RANDOM}};
`endif // RANDOMIZE_GARBAGE_ASSIGN
`ifdef RANDOMIZE_MEM_INIT
  _RAND_0 = {1{`RANDOM}};
  for (initvar = 0; initvar < 3; initvar = initvar+1)
    ram_awid[initvar] = _RAND_0[3:0];
  _RAND_2 = {1{`RANDOM}};
  for (initvar = 0; initvar < 3; initvar = initvar+1)
    ram_awaddr[initvar] = _RAND_2[31:0];
  _RAND_4 = {1{`RANDOM}};
  for (initvar = 0; initvar < 3; initvar = initvar+1)
    ram_awbusrt[initvar] = _RAND_4[1:0];
`endif // RANDOMIZE_MEM_INIT
`ifdef RANDOMIZE_REG_INIT
  _RAND_6 = {1{`RANDOM}};
  enq_ptr_value = _RAND_6[1:0];
  _RAND_7 = {1{`RANDOM}};
  deq_ptr_value = _RAND_7[1:0];
  _RAND_8 = {1{`RANDOM}};
  maybe_full = _RAND_8[0:0];
`endif // RANDOMIZE_REG_INIT
  `endif // RANDOMIZE
end // initial
`ifdef FIRRTL_AFTER_INITIAL
`FIRRTL_AFTER_INITIAL
`endif
`endif // SYNTHESIS
endmodule
module axi_fifo_1(
  input         clock,
  input         reset,
  output        io_wr_ready,
  input         io_wr_valid,
  input  [3:0]  io_wr_bits_awid,
  input  [31:0] io_wr_bits_awaddr,
  input  [1:0]  io_wr_bits_awbusrt,
  input         io_rd_ready,
  output [3:0]  io_rd_bits_awid,
  output [31:0] io_rd_bits_awaddr,
  output [1:0]  io_rd_bits_awbusrt
);
  wire  io_rd_q_clock; // @[Decoupled.scala 375:21]
  wire  io_rd_q_reset; // @[Decoupled.scala 375:21]
  wire  io_rd_q_io_enq_ready; // @[Decoupled.scala 375:21]
  wire  io_rd_q_io_enq_valid; // @[Decoupled.scala 375:21]
  wire [3:0] io_rd_q_io_enq_bits_awid; // @[Decoupled.scala 375:21]
  wire [31:0] io_rd_q_io_enq_bits_awaddr; // @[Decoupled.scala 375:21]
  wire [1:0] io_rd_q_io_enq_bits_awbusrt; // @[Decoupled.scala 375:21]
  wire  io_rd_q_io_deq_ready; // @[Decoupled.scala 375:21]
  wire  io_rd_q_io_deq_valid; // @[Decoupled.scala 375:21]
  wire [3:0] io_rd_q_io_deq_bits_awid; // @[Decoupled.scala 375:21]
  wire [31:0] io_rd_q_io_deq_bits_awaddr; // @[Decoupled.scala 375:21]
  wire [1:0] io_rd_q_io_deq_bits_awbusrt; // @[Decoupled.scala 375:21]
  Queue_1 io_rd_q ( // @[Decoupled.scala 375:21]
    .clock(io_rd_q_clock),
    .reset(io_rd_q_reset),
    .io_enq_ready(io_rd_q_io_enq_ready),
    .io_enq_valid(io_rd_q_io_enq_valid),
    .io_enq_bits_awid(io_rd_q_io_enq_bits_awid),
    .io_enq_bits_awaddr(io_rd_q_io_enq_bits_awaddr),
    .io_enq_bits_awbusrt(io_rd_q_io_enq_bits_awbusrt),
    .io_deq_ready(io_rd_q_io_deq_ready),
    .io_deq_valid(io_rd_q_io_deq_valid),
    .io_deq_bits_awid(io_rd_q_io_deq_bits_awid),
    .io_deq_bits_awaddr(io_rd_q_io_deq_bits_awaddr),
    .io_deq_bits_awbusrt(io_rd_q_io_deq_bits_awbusrt)
  );
  assign io_wr_ready = io_rd_q_io_enq_ready; // @[Decoupled.scala 379:17]
  assign io_rd_bits_awid = io_rd_q_io_deq_bits_awid; // @[axi_fifo.scala 15:9]
  assign io_rd_bits_awaddr = io_rd_q_io_deq_bits_awaddr; // @[axi_fifo.scala 15:9]
  assign io_rd_bits_awbusrt = io_rd_q_io_deq_bits_awbusrt; // @[axi_fifo.scala 15:9]
  assign io_rd_q_clock = clock;
  assign io_rd_q_reset = reset;
  assign io_rd_q_io_enq_valid = io_wr_valid; // @[Decoupled.scala 377:22]
  assign io_rd_q_io_enq_bits_awid = io_wr_bits_awid; // @[Decoupled.scala 378:21]
  assign io_rd_q_io_enq_bits_awaddr = io_wr_bits_awaddr; // @[Decoupled.scala 378:21]
  assign io_rd_q_io_enq_bits_awbusrt = io_wr_bits_awbusrt; // @[Decoupled.scala 378:21]
  assign io_rd_q_io_deq_ready = io_rd_ready; // @[axi_fifo.scala 15:9]
endmodule
module axi_w_ctl(
  input         clock,
  input         reset,
  output        io_axi_aw_ready,
  input         io_axi_aw_valid,
  input  [3:0]  io_axi_aw_bits_awid,
  input  [31:0] io_axi_aw_bits_awaddr,
  input  [1:0]  io_axi_aw_bits_awbusrt,
  output        io_axi_w_ready,
  input         io_axi_w_valid,
  input  [31:0] io_axi_w_bits_wdata,
  input  [3:0]  io_axi_w_bits_wstrb,
  input         io_axi_w_bits_wlast,
  input         io_axi_b_ready,
  output        io_axi_b_valid,
  output [3:0]  io_axi_b_bits_bid,
  output [31:0] io_adr,
  output        io_wen,
  output [3:0]  io_wstrb,
  output [31:0] io_wdat,
  input         io_free
);
`ifdef RANDOMIZE_REG_INIT
  reg [31:0] _RAND_0;
  reg [31:0] _RAND_1;
  reg [31:0] _RAND_2;
  reg [31:0] _RAND_3;
`endif // RANDOMIZE_REG_INIT
  wire  axi_aw_fifo_clock; // @[axi_w_ctl.scala 34:27]
  wire  axi_aw_fifo_reset; // @[axi_w_ctl.scala 34:27]
  wire  axi_aw_fifo_io_wr_ready; // @[axi_w_ctl.scala 34:27]
  wire  axi_aw_fifo_io_wr_valid; // @[axi_w_ctl.scala 34:27]
  wire [3:0] axi_aw_fifo_io_wr_bits_awid; // @[axi_w_ctl.scala 34:27]
  wire [31:0] axi_aw_fifo_io_wr_bits_awaddr; // @[axi_w_ctl.scala 34:27]
  wire [1:0] axi_aw_fifo_io_wr_bits_awbusrt; // @[axi_w_ctl.scala 34:27]
  wire  axi_aw_fifo_io_rd_ready; // @[axi_w_ctl.scala 34:27]
  wire [3:0] axi_aw_fifo_io_rd_bits_awid; // @[axi_w_ctl.scala 34:27]
  wire [31:0] axi_aw_fifo_io_rd_bits_awaddr; // @[axi_w_ctl.scala 34:27]
  wire [1:0] axi_aw_fifo_io_rd_bits_awbusrt; // @[axi_w_ctl.scala 34:27]
  wire  awack = io_axi_aw_valid & io_axi_aw_ready; // @[axi_w_ctl.scala 33:31]
  reg  aw_ready_r; // @[axi_w_ctl.scala 37:27]
  reg [3:0] wdat_cnt_r; // @[axi_w_ctl.scala 53:27]
  wire  wrap_mode = axi_aw_fifo_io_rd_bits_awbusrt == 2'h2; // @[axi_w_ctl.scala 56:50]
  wire  incr_mode = axi_aw_fifo_io_rd_bits_awbusrt == 2'h1; // @[axi_w_ctl.scala 57:50]
  wire  fixed_mode = axi_aw_fifo_io_rd_bits_awbusrt == 2'h0; // @[axi_w_ctl.scala 58:51]
  wire  burst_start = wrap_mode | incr_mode | fixed_mode; // @[axi_w_ctl.scala 59:43]
  wire [31:0] _GEN_10 = {{28'd0}, wdat_cnt_r}; // @[axi_w_ctl.scala 63:49]
  wire [31:0] burst_adr = axi_aw_fifo_io_rd_bits_awaddr + _GEN_10; // @[axi_w_ctl.scala 63:49]
  wire  _wack_T = io_axi_w_valid & io_axi_w_ready; // @[axi_w_ctl.scala 65:29]
  wire  wack = io_axi_w_valid & io_axi_w_ready & io_axi_w_bits_wlast; // @[axi_w_ctl.scala 65:47]
  wire  back = io_axi_b_valid & io_axi_b_ready; // @[axi_w_ctl.scala 66:29]
  reg [3:0] bid_r; // @[axi_w_ctl.scala 68:25]
  reg  bvalid_r; // @[axi_w_ctl.scala 70:25]
  wire  _GEN_2 = back ? 1'h0 : bvalid_r; // @[axi_w_ctl.scala 76:19 77:14 70:25]
  wire  _GEN_5 = wack | _GEN_2; // @[axi_w_ctl.scala 72:13 73:14]
  wire [3:0] _wdat_cnt_in_T_2 = wdat_cnt_r + 4'h1; // @[axi_w_ctl.scala 89:32]
  wire [31:0] _io_adr_T = axi_aw_fifo_io_rd_bits_awaddr; // @[Mux.scala 101:16]
  wire [31:0] _io_adr_T_1 = incr_mode ? burst_adr : _io_adr_T; // @[Mux.scala 101:16]
  axi_fifo_1 axi_aw_fifo ( // @[axi_w_ctl.scala 34:27]
    .clock(axi_aw_fifo_clock),
    .reset(axi_aw_fifo_reset),
    .io_wr_ready(axi_aw_fifo_io_wr_ready),
    .io_wr_valid(axi_aw_fifo_io_wr_valid),
    .io_wr_bits_awid(axi_aw_fifo_io_wr_bits_awid),
    .io_wr_bits_awaddr(axi_aw_fifo_io_wr_bits_awaddr),
    .io_wr_bits_awbusrt(axi_aw_fifo_io_wr_bits_awbusrt),
    .io_rd_ready(axi_aw_fifo_io_rd_ready),
    .io_rd_bits_awid(axi_aw_fifo_io_rd_bits_awid),
    .io_rd_bits_awaddr(axi_aw_fifo_io_rd_bits_awaddr),
    .io_rd_bits_awbusrt(axi_aw_fifo_io_rd_bits_awbusrt)
  );
  assign io_axi_aw_ready = aw_ready_r; // @[axi_w_ctl.scala 45:19]
  assign io_axi_w_ready = io_free; // @[axi_w_ctl.scala 101:18]
  assign io_axi_b_valid = bvalid_r; // @[axi_w_ctl.scala 102:18]
  assign io_axi_b_bits_bid = bid_r; // @[axi_w_ctl.scala 103:21]
  assign io_adr = fixed_mode ? axi_aw_fifo_io_rd_bits_awaddr : _io_adr_T_1; // @[Mux.scala 101:16]
  assign io_wen = io_axi_w_valid; // @[axi_w_ctl.scala 98:10]
  assign io_wstrb = io_axi_w_bits_wstrb; // @[axi_w_ctl.scala 99:12]
  assign io_wdat = io_axi_w_bits_wdata; // @[axi_w_ctl.scala 100:11]
  assign axi_aw_fifo_clock = clock;
  assign axi_aw_fifo_reset = reset;
  assign axi_aw_fifo_io_wr_valid = io_axi_aw_valid & io_axi_aw_ready; // @[axi_w_ctl.scala 33:31]
  assign axi_aw_fifo_io_wr_bits_awid = io_axi_aw_bits_awid; // @[axi_w_ctl.scala 48:27]
  assign axi_aw_fifo_io_wr_bits_awaddr = io_axi_aw_bits_awaddr; // @[axi_w_ctl.scala 48:27]
  assign axi_aw_fifo_io_wr_bits_awbusrt = io_axi_aw_bits_awbusrt; // @[axi_w_ctl.scala 48:27]
  assign axi_aw_fifo_io_rd_ready = io_axi_w_valid & io_axi_w_ready & io_axi_w_bits_wlast; // @[axi_w_ctl.scala 65:47]
  always @(posedge clock) begin
    if (reset) begin // @[axi_w_ctl.scala 37:27]
      aw_ready_r <= 1'h0; // @[axi_w_ctl.scala 37:27]
    end else if (awack) begin // @[axi_w_ctl.scala 40:14]
      aw_ready_r <= 1'h0; // @[axi_w_ctl.scala 41:16]
    end else if (io_axi_aw_valid) begin // @[axi_w_ctl.scala 42:30]
      aw_ready_r <= axi_aw_fifo_io_wr_ready; // @[axi_w_ctl.scala 43:16]
    end
    if (reset) begin // @[axi_w_ctl.scala 53:27]
      wdat_cnt_r <= 4'h0; // @[axi_w_ctl.scala 53:27]
    end else if (wack) begin // @[axi_w_ctl.scala 82:13]
      wdat_cnt_r <= 4'h0; // @[axi_w_ctl.scala 83:16]
    end else if (burst_start) begin // @[axi_w_ctl.scala 84:26]
      if (_wack_T) begin // @[axi_w_ctl.scala 88:21]
        wdat_cnt_r <= _wdat_cnt_in_T_2;
      end
    end
    if (reset) begin // @[axi_w_ctl.scala 68:25]
      bid_r <= 4'h0; // @[axi_w_ctl.scala 68:25]
    end else if (wack) begin // @[axi_w_ctl.scala 72:13]
      bid_r <= axi_aw_fifo_io_rd_bits_awid; // @[axi_w_ctl.scala 74:14]
    end else if (back) begin // @[axi_w_ctl.scala 76:19]
      bid_r <= 4'h0; // @[axi_w_ctl.scala 78:14]
    end
    if (reset) begin // @[axi_w_ctl.scala 70:25]
      bvalid_r <= 1'h0; // @[axi_w_ctl.scala 70:25]
    end else begin
      bvalid_r <= _GEN_5;
    end
  end
// Register and memory initialization
`ifdef RANDOMIZE_GARBAGE_ASSIGN
`define RANDOMIZE
`endif
`ifdef RANDOMIZE_INVALID_ASSIGN
`define RANDOMIZE
`endif
`ifdef RANDOMIZE_REG_INIT
`define RANDOMIZE
`endif
`ifdef RANDOMIZE_MEM_INIT
`define RANDOMIZE
`endif
`ifndef RANDOM
`define RANDOM $random
`endif
`ifdef RANDOMIZE_MEM_INIT
  integer initvar;
`endif
`ifndef SYNTHESIS
`ifdef FIRRTL_BEFORE_INITIAL
`FIRRTL_BEFORE_INITIAL
`endif
initial begin
  `ifdef RANDOMIZE
    `ifdef INIT_RANDOM
      `INIT_RANDOM
    `endif
    `ifndef VERILATOR
      `ifdef RANDOMIZE_DELAY
        #`RANDOMIZE_DELAY begin end
      `else
        #0.002 begin end
      `endif
    `endif
`ifdef RANDOMIZE_REG_INIT
  _RAND_0 = {1{`RANDOM}};
  aw_ready_r = _RAND_0[0:0];
  _RAND_1 = {1{`RANDOM}};
  wdat_cnt_r = _RAND_1[3:0];
  _RAND_2 = {1{`RANDOM}};
  bid_r = _RAND_2[3:0];
  _RAND_3 = {1{`RANDOM}};
  bvalid_r = _RAND_3[0:0];
`endif // RANDOMIZE_REG_INIT
  `endif // RANDOMIZE
end // initial
`ifdef FIRRTL_AFTER_INITIAL
`FIRRTL_AFTER_INITIAL
`endif
`endif // SYNTHESIS
endmodule
module axi_ram_intf_ctl(
  input         clock,
  input         reset,
  output        io_axi_mst_ar_chl_ready,
  input         io_axi_mst_ar_chl_valid,
  input  [3:0]  io_axi_mst_ar_chl_bits_arid,
  input  [31:0] io_axi_mst_ar_chl_bits_araddr,
  input  [2:0]  io_axi_mst_ar_chl_bits_arsize,
  input  [3:0]  io_axi_mst_ar_chl_bits_arlen,
  input  [1:0]  io_axi_mst_ar_chl_bits_arbusrt,
  input  [1:0]  io_axi_mst_ar_chl_bits_arlock,
  input  [1:0]  io_axi_mst_ar_chl_bits_arcache,
  input  [1:0]  io_axi_mst_ar_chl_bits_arprot,
  input         io_axi_mst_r_chl_ready,
  output        io_axi_mst_r_chl_valid,
  output [31:0] io_axi_mst_r_chl_bits_rdata,
  output [3:0]  io_axi_mst_r_chl_bits_rid,
  output [1:0]  io_axi_mst_r_chl_bits_rresp,
  output        io_axi_mst_r_chl_bits_rlast,
  output        io_axi_mst_aw_chl_ready,
  input         io_axi_mst_aw_chl_valid,
  input  [3:0]  io_axi_mst_aw_chl_bits_awid,
  input  [31:0] io_axi_mst_aw_chl_bits_awaddr,
  input  [2:0]  io_axi_mst_aw_chl_bits_awsize,
  input  [3:0]  io_axi_mst_aw_chl_bits_awlen,
  input  [1:0]  io_axi_mst_aw_chl_bits_awbusrt,
  input  [1:0]  io_axi_mst_aw_chl_bits_awlock,
  input  [1:0]  io_axi_mst_aw_chl_bits_awcache,
  input  [1:0]  io_axi_mst_aw_chl_bits_awprot,
  output        io_axi_mst_w_chl_ready,
  input         io_axi_mst_w_chl_valid,
  input  [31:0] io_axi_mst_w_chl_bits_wdata,
  input  [3:0]  io_axi_mst_w_chl_bits_wid,
  input  [3:0]  io_axi_mst_w_chl_bits_wstrb,
  input         io_axi_mst_w_chl_bits_wlast,
  input         io_axi_mst_b_chl_ready,
  output        io_axi_mst_b_chl_valid,
  output [3:0]  io_axi_mst_b_chl_bits_bid,
  output [1:0]  io_axi_mst_b_chl_bits_bresp,
  output [31:0] io_adr,
  output        io_ren,
  output        io_wen,
  output [3:0]  io_wstrb,
  output [31:0] io_wdat,
  input  [31:0] io_rdat,
  input         io_rvld,
  input         io_free
);
  wire  axi_r_ctl_clock; // @[axi_ram_ctl.scala 38:25]
  wire  axi_r_ctl_reset; // @[axi_ram_ctl.scala 38:25]
  wire  axi_r_ctl_io_axi_ar_ready; // @[axi_ram_ctl.scala 38:25]
  wire  axi_r_ctl_io_axi_ar_valid; // @[axi_ram_ctl.scala 38:25]
  wire [3:0] axi_r_ctl_io_axi_ar_bits_arid; // @[axi_ram_ctl.scala 38:25]
  wire [31:0] axi_r_ctl_io_axi_ar_bits_araddr; // @[axi_ram_ctl.scala 38:25]
  wire [3:0] axi_r_ctl_io_axi_ar_bits_arlen; // @[axi_ram_ctl.scala 38:25]
  wire [1:0] axi_r_ctl_io_axi_ar_bits_arbusrt; // @[axi_ram_ctl.scala 38:25]
  wire  axi_r_ctl_io_axi_r_ready; // @[axi_ram_ctl.scala 38:25]
  wire  axi_r_ctl_io_axi_r_valid; // @[axi_ram_ctl.scala 38:25]
  wire [31:0] axi_r_ctl_io_axi_r_bits_rdata; // @[axi_ram_ctl.scala 38:25]
  wire [3:0] axi_r_ctl_io_axi_r_bits_rid; // @[axi_ram_ctl.scala 38:25]
  wire  axi_r_ctl_io_axi_r_bits_rlast; // @[axi_ram_ctl.scala 38:25]
  wire [31:0] axi_r_ctl_io_adr; // @[axi_ram_ctl.scala 38:25]
  wire  axi_r_ctl_io_ren; // @[axi_ram_ctl.scala 38:25]
  wire [31:0] axi_r_ctl_io_rdat; // @[axi_ram_ctl.scala 38:25]
  wire  axi_r_ctl_io_rvld; // @[axi_ram_ctl.scala 38:25]
  wire  axi_w_ctl_clock; // @[axi_ram_ctl.scala 39:25]
  wire  axi_w_ctl_reset; // @[axi_ram_ctl.scala 39:25]
  wire  axi_w_ctl_io_axi_aw_ready; // @[axi_ram_ctl.scala 39:25]
  wire  axi_w_ctl_io_axi_aw_valid; // @[axi_ram_ctl.scala 39:25]
  wire [3:0] axi_w_ctl_io_axi_aw_bits_awid; // @[axi_ram_ctl.scala 39:25]
  wire [31:0] axi_w_ctl_io_axi_aw_bits_awaddr; // @[axi_ram_ctl.scala 39:25]
  wire [1:0] axi_w_ctl_io_axi_aw_bits_awbusrt; // @[axi_ram_ctl.scala 39:25]
  wire  axi_w_ctl_io_axi_w_ready; // @[axi_ram_ctl.scala 39:25]
  wire  axi_w_ctl_io_axi_w_valid; // @[axi_ram_ctl.scala 39:25]
  wire [31:0] axi_w_ctl_io_axi_w_bits_wdata; // @[axi_ram_ctl.scala 39:25]
  wire [3:0] axi_w_ctl_io_axi_w_bits_wstrb; // @[axi_ram_ctl.scala 39:25]
  wire  axi_w_ctl_io_axi_w_bits_wlast; // @[axi_ram_ctl.scala 39:25]
  wire  axi_w_ctl_io_axi_b_ready; // @[axi_ram_ctl.scala 39:25]
  wire  axi_w_ctl_io_axi_b_valid; // @[axi_ram_ctl.scala 39:25]
  wire [3:0] axi_w_ctl_io_axi_b_bits_bid; // @[axi_ram_ctl.scala 39:25]
  wire [31:0] axi_w_ctl_io_adr; // @[axi_ram_ctl.scala 39:25]
  wire  axi_w_ctl_io_wen; // @[axi_ram_ctl.scala 39:25]
  wire [3:0] axi_w_ctl_io_wstrb; // @[axi_ram_ctl.scala 39:25]
  wire [31:0] axi_w_ctl_io_wdat; // @[axi_ram_ctl.scala 39:25]
  wire  axi_w_ctl_io_free; // @[axi_ram_ctl.scala 39:25]
  wire [31:0] _io_adr_T = axi_w_ctl_io_wen ? axi_w_ctl_io_adr : 32'h0; // @[axi_ram_ctl.scala 49:16]
  axi_r_ctl axi_r_ctl ( // @[axi_ram_ctl.scala 38:25]
    .clock(axi_r_ctl_clock),
    .reset(axi_r_ctl_reset),
    .io_axi_ar_ready(axi_r_ctl_io_axi_ar_ready),
    .io_axi_ar_valid(axi_r_ctl_io_axi_ar_valid),
    .io_axi_ar_bits_arid(axi_r_ctl_io_axi_ar_bits_arid),
    .io_axi_ar_bits_araddr(axi_r_ctl_io_axi_ar_bits_araddr),
    .io_axi_ar_bits_arlen(axi_r_ctl_io_axi_ar_bits_arlen),
    .io_axi_ar_bits_arbusrt(axi_r_ctl_io_axi_ar_bits_arbusrt),
    .io_axi_r_ready(axi_r_ctl_io_axi_r_ready),
    .io_axi_r_valid(axi_r_ctl_io_axi_r_valid),
    .io_axi_r_bits_rdata(axi_r_ctl_io_axi_r_bits_rdata),
    .io_axi_r_bits_rid(axi_r_ctl_io_axi_r_bits_rid),
    .io_axi_r_bits_rlast(axi_r_ctl_io_axi_r_bits_rlast),
    .io_adr(axi_r_ctl_io_adr),
    .io_ren(axi_r_ctl_io_ren),
    .io_rdat(axi_r_ctl_io_rdat),
    .io_rvld(axi_r_ctl_io_rvld)
  );
  axi_w_ctl axi_w_ctl ( // @[axi_ram_ctl.scala 39:25]
    .clock(axi_w_ctl_clock),
    .reset(axi_w_ctl_reset),
    .io_axi_aw_ready(axi_w_ctl_io_axi_aw_ready),
    .io_axi_aw_valid(axi_w_ctl_io_axi_aw_valid),
    .io_axi_aw_bits_awid(axi_w_ctl_io_axi_aw_bits_awid),
    .io_axi_aw_bits_awaddr(axi_w_ctl_io_axi_aw_bits_awaddr),
    .io_axi_aw_bits_awbusrt(axi_w_ctl_io_axi_aw_bits_awbusrt),
    .io_axi_w_ready(axi_w_ctl_io_axi_w_ready),
    .io_axi_w_valid(axi_w_ctl_io_axi_w_valid),
    .io_axi_w_bits_wdata(axi_w_ctl_io_axi_w_bits_wdata),
    .io_axi_w_bits_wstrb(axi_w_ctl_io_axi_w_bits_wstrb),
    .io_axi_w_bits_wlast(axi_w_ctl_io_axi_w_bits_wlast),
    .io_axi_b_ready(axi_w_ctl_io_axi_b_ready),
    .io_axi_b_valid(axi_w_ctl_io_axi_b_valid),
    .io_axi_b_bits_bid(axi_w_ctl_io_axi_b_bits_bid),
    .io_adr(axi_w_ctl_io_adr),
    .io_wen(axi_w_ctl_io_wen),
    .io_wstrb(axi_w_ctl_io_wstrb),
    .io_wdat(axi_w_ctl_io_wdat),
    .io_free(axi_w_ctl_io_free)
  );
  assign io_axi_mst_ar_chl_ready = axi_r_ctl_io_axi_ar_ready; // @[axi_ram_ctl.scala 40:23]
  assign io_axi_mst_r_chl_valid = axi_r_ctl_io_axi_r_valid; // @[axi_ram_ctl.scala 41:23]
  assign io_axi_mst_r_chl_bits_rdata = axi_r_ctl_io_axi_r_bits_rdata; // @[axi_ram_ctl.scala 41:23]
  assign io_axi_mst_r_chl_bits_rid = axi_r_ctl_io_axi_r_bits_rid; // @[axi_ram_ctl.scala 41:23]
  assign io_axi_mst_r_chl_bits_rresp = 2'h0; // @[axi_ram_ctl.scala 41:23]
  assign io_axi_mst_r_chl_bits_rlast = axi_r_ctl_io_axi_r_bits_rlast; // @[axi_ram_ctl.scala 41:23]
  assign io_axi_mst_aw_chl_ready = axi_w_ctl_io_axi_aw_ready; // @[axi_ram_ctl.scala 42:23]
  assign io_axi_mst_w_chl_ready = axi_w_ctl_io_axi_w_ready; // @[axi_ram_ctl.scala 43:23]
  assign io_axi_mst_b_chl_valid = axi_w_ctl_io_axi_b_valid; // @[axi_ram_ctl.scala 44:23]
  assign io_axi_mst_b_chl_bits_bid = axi_w_ctl_io_axi_b_bits_bid; // @[axi_ram_ctl.scala 44:23]
  assign io_axi_mst_b_chl_bits_bresp = 2'h0; // @[axi_ram_ctl.scala 44:23]
  assign io_adr = axi_r_ctl_io_ren ? axi_r_ctl_io_adr : _io_adr_T; // @[axi_ram_ctl.scala 48:16]
  assign io_ren = axi_r_ctl_io_ren; // @[axi_ram_ctl.scala 50:10]
  assign io_wen = axi_w_ctl_io_wen; // @[axi_ram_ctl.scala 51:10]
  assign io_wstrb = axi_w_ctl_io_wstrb; // @[axi_ram_ctl.scala 52:12]
  assign io_wdat = axi_w_ctl_io_wdat; // @[axi_ram_ctl.scala 53:11]
  assign axi_r_ctl_clock = clock;
  assign axi_r_ctl_reset = reset;
  assign axi_r_ctl_io_axi_ar_valid = io_axi_mst_ar_chl_valid; // @[axi_ram_ctl.scala 40:23]
  assign axi_r_ctl_io_axi_ar_bits_arid = io_axi_mst_ar_chl_bits_arid; // @[axi_ram_ctl.scala 40:23]
  assign axi_r_ctl_io_axi_ar_bits_araddr = io_axi_mst_ar_chl_bits_araddr; // @[axi_ram_ctl.scala 40:23]
  assign axi_r_ctl_io_axi_ar_bits_arlen = io_axi_mst_ar_chl_bits_arlen; // @[axi_ram_ctl.scala 40:23]
  assign axi_r_ctl_io_axi_ar_bits_arbusrt = io_axi_mst_ar_chl_bits_arbusrt; // @[axi_ram_ctl.scala 40:23]
  assign axi_r_ctl_io_axi_r_ready = io_axi_mst_r_chl_ready; // @[axi_ram_ctl.scala 41:23]
  assign axi_r_ctl_io_rdat = io_rdat; // @[axi_ram_ctl.scala 56:21]
  assign axi_r_ctl_io_rvld = io_rvld; // @[axi_ram_ctl.scala 55:21]
  assign axi_w_ctl_clock = clock;
  assign axi_w_ctl_reset = reset;
  assign axi_w_ctl_io_axi_aw_valid = io_axi_mst_aw_chl_valid; // @[axi_ram_ctl.scala 42:23]
  assign axi_w_ctl_io_axi_aw_bits_awid = io_axi_mst_aw_chl_bits_awid; // @[axi_ram_ctl.scala 42:23]
  assign axi_w_ctl_io_axi_aw_bits_awaddr = io_axi_mst_aw_chl_bits_awaddr; // @[axi_ram_ctl.scala 42:23]
  assign axi_w_ctl_io_axi_aw_bits_awbusrt = io_axi_mst_aw_chl_bits_awbusrt; // @[axi_ram_ctl.scala 42:23]
  assign axi_w_ctl_io_axi_w_valid = io_axi_mst_w_chl_valid; // @[axi_ram_ctl.scala 43:23]
  assign axi_w_ctl_io_axi_w_bits_wdata = io_axi_mst_w_chl_bits_wdata; // @[axi_ram_ctl.scala 43:23]
  assign axi_w_ctl_io_axi_w_bits_wstrb = io_axi_mst_w_chl_bits_wstrb; // @[axi_ram_ctl.scala 43:23]
  assign axi_w_ctl_io_axi_w_bits_wlast = io_axi_mst_w_chl_bits_wlast; // @[axi_ram_ctl.scala 43:23]
  assign axi_w_ctl_io_axi_b_ready = io_axi_mst_b_chl_ready; // @[axi_ram_ctl.scala 44:23]
  assign axi_w_ctl_io_free = io_free; // @[axi_ram_ctl.scala 54:21]
endmodule